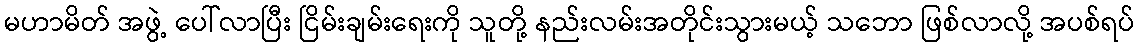
မဟာမိတ် အဖွဲ့ ပေါ်လာပြီး ငြိမ်းချမ်းရေးကို သူတို့ နည်းလမ်းအတိုင်းသွားမယ့် သဘော ဖြစ်လာလို့ အပစ်ရပ်